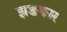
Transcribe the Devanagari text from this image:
झङकार